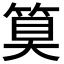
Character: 𮅕